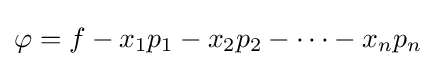
\varphi =f-x_{1}p_{1}-x_{2}p_{2}-\cdots -x_{n}p_{n}